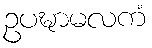
ဥပဍ္ဎာမလကံ